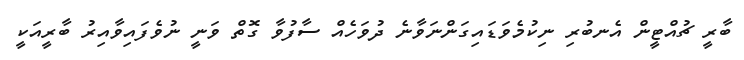
ބާރީ ޗުއްޓީން އެނބުރި ނިކުމެވަޑައިގަންނަވާނެ ދުވަހެއް ސާފުވާ ގޮތް ވަނީ ނުވެފައިވާއިރު ބާރީއަކީ